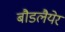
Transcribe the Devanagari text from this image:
बौडलैयेर